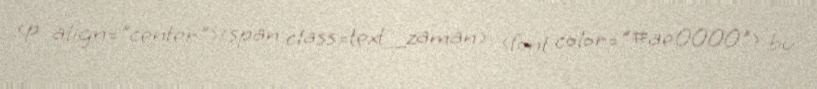
<p align="center"><span class=text_zaman> <font color="#ae0000"> bu